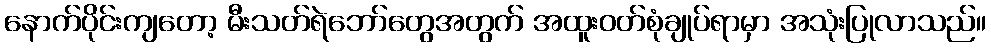
နောက်ပိုင်းကျတော့ မီးသတ်ရဲဘော်တွေအတွက် အထူးဝတ်စုံချုပ်ရာမှာ အသုံးပြုလာသည်။